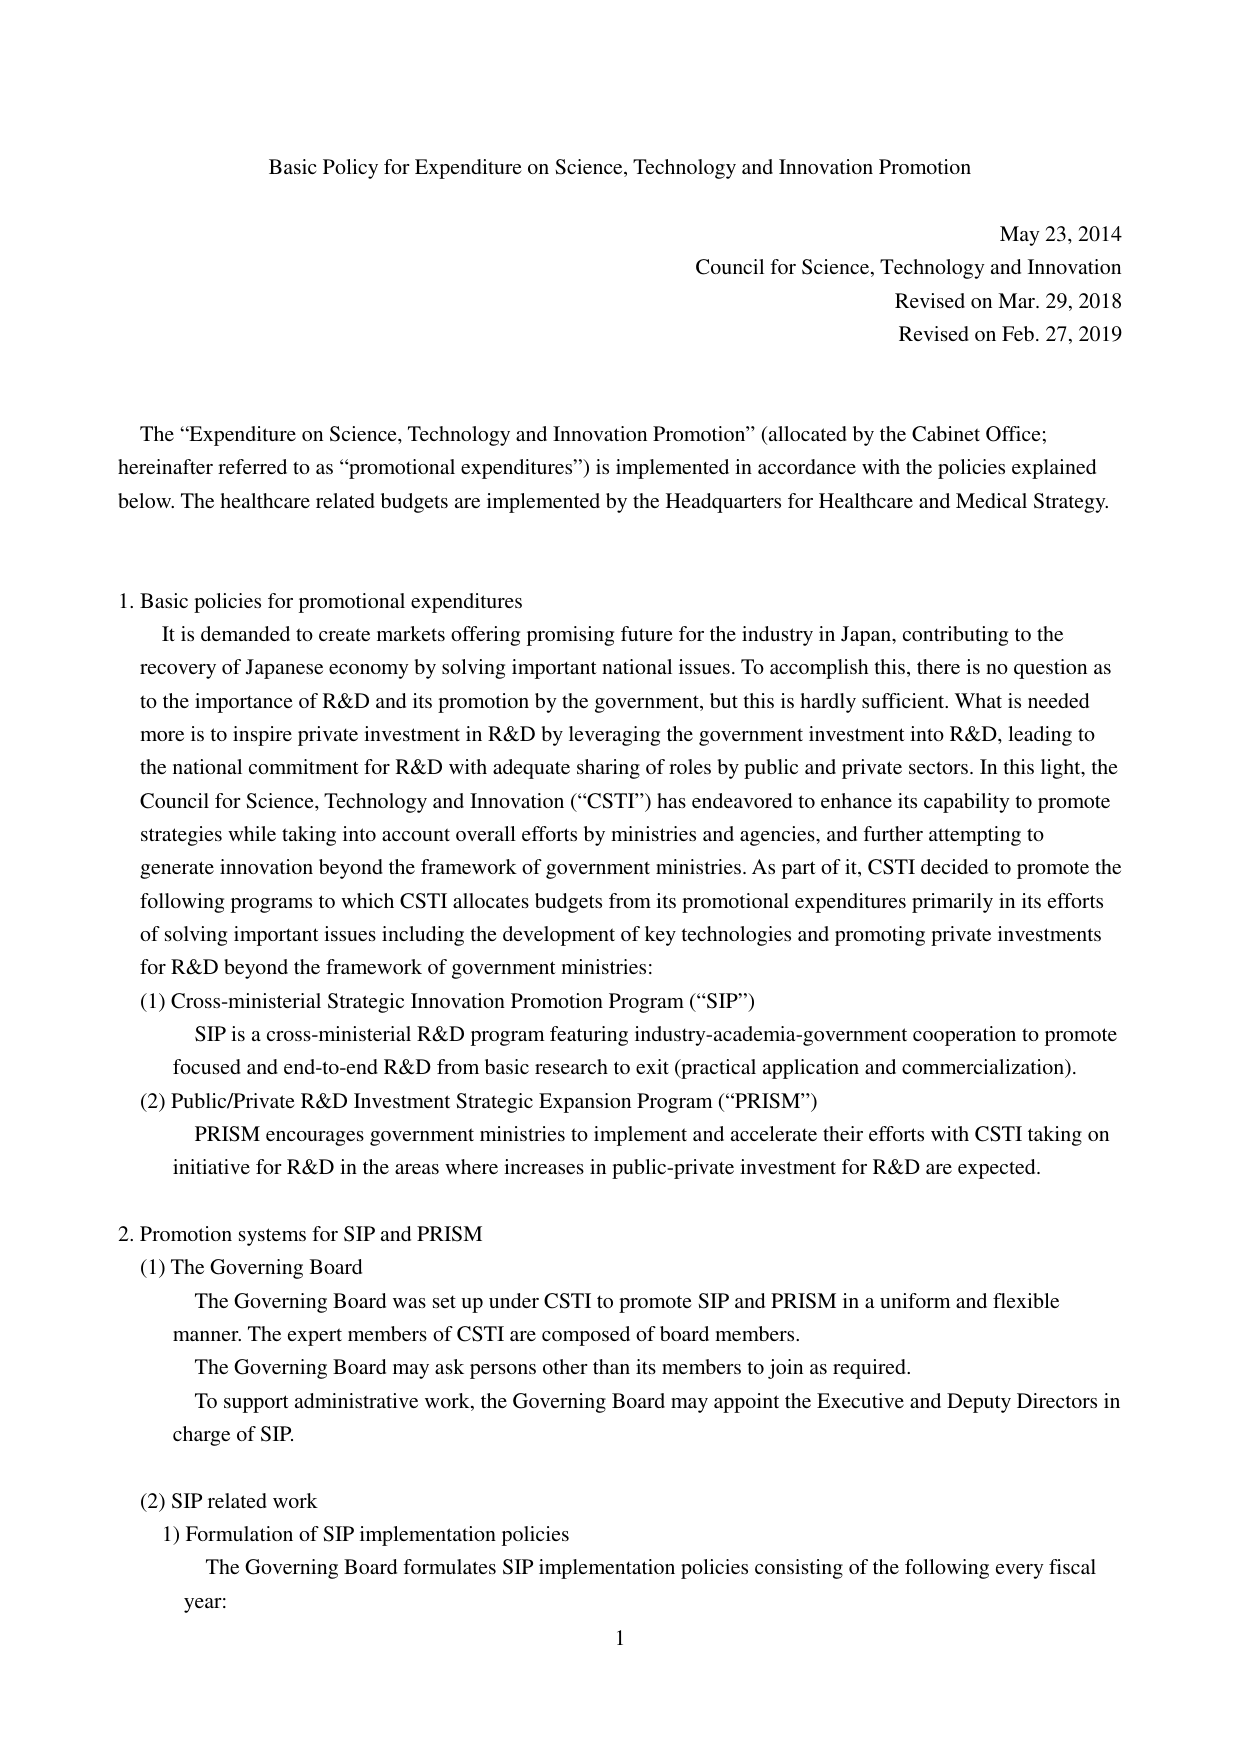
Basic Policy for Expenditure on Science, Technology and Innovation Promotion

May 23, 2014
Council for Science, Technology and Innovation
Revised on Mar. 29, 2018
Revised on Feb. 27, 2019

The “Expenditure on Science, Technology and Innovation Promotion” (allocated by the Cabinet Office; hereinafter referred to as “promotional expenditures”) is implemented in accordance with the policies explained below. The healthcare related budgets are implemented by the Headquarters for Healthcare and Medical Strategy.

1. Basic policies for promotional expenditures
It is demanded to create markets offering promising future for the industry in Japan, contributing to the recovery of Japanese economy by solving important national issues. To accomplish this, there is no question as to the importance of R&D and its promotion by the government, but this is hardly sufficient. What is needed more is to inspire private investment in R&D by leveraging the government investment into R&D, leading to the national commitment for R&D with adequate sharing of roles by public and private sectors. In this light, the Council for Science, Technology and Innovation (“CSTI”) has endeavored to enhance its capability to promote strategies while taking into account overall efforts by ministries and agencies, and further attempting to generate innovation beyond the framework of government ministries. As part of it, CSTI decided to promote the following programs to which CSTI allocates budgets from its promotional expenditures primarily in its efforts of solving important issues including the development of key technologies and promoting private investments for R&D beyond the framework of government ministries:
(1) Cross-ministerial Strategic Innovation Promotion Program (“SIP”)
SIP is a cross-ministerial R&D program featuring industry-academia-government cooperation to promote focused and end-to-end R&D from basic research to exit (practical application and commercialization).
(2) Public/Private R&D Investment Strategic Expansion Program (“PRISM”)
PRISM encourages government ministries to implement and accelerate their efforts with CSTI taking on initiative for R&D in the areas where increases in public-private investment for R&D are expected.

2. Promotion systems for SIP and PRISM
(1) The Governing Board
The Governing Board was set up under CSTI to promote SIP and PRISM in a uniform and flexible manner. The expert members of CSTI are composed of board members.
The Governing Board may ask persons other than its members to join as required.
To support administrative work, the Governing Board may appoint the Executive and Deputy Directors in charge of SIP.

(2) SIP related work
1) Formulation of SIP implementation policies
The Governing Board formulates SIP implementation policies consisting of the following every fiscal year:

1